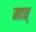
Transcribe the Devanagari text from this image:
मात्